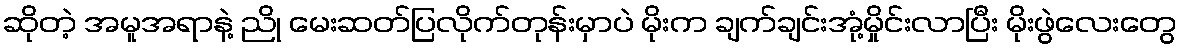
ဆိုတဲ့ အမူအရာနဲ့ ညို မေးဆတ်ပြလိုက်တုန်းမှာပဲ မိုးက ချက်ချင်းအုံ့မှိုင်းလာပြီး မိုးဖွဲလေးတွေ